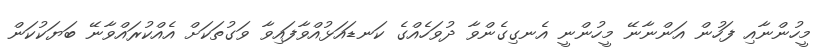
މީހުންނާއި ފަހުން އަންނާނޭ މީހުންނީ އެނގިގެންވާ ދުވަހެއްގެ ކަނޑައަޅުއްވާފައިވާ ވަގުތަކަށް އެއްކުރައްވާނޭ ބަޔަކުކަން